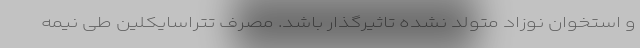
و استخوان نوزاد متولد نشده تاثیرگذار باشد. مصرف تتراسایکلین طی نیمه